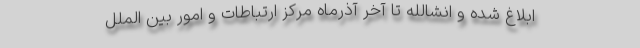
ابلاغ شده و انشالله تا آخر آذرماه مرکز ارتباطات و امور بین الملل